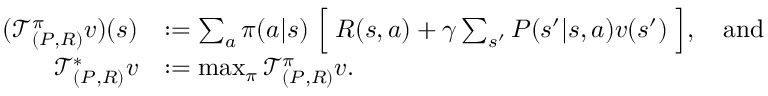
\begin{array} { r l } { ( \mathcal { T } _ { ( P , R ) } ^ { \pi } v ) ( s ) } & { : = \sum _ { a } \pi ( a | s ) \Bigm [ R ( s , a ) + \gamma \sum _ { s ^ { \prime } } P ( s ^ { \prime } | s , a ) v ( s ^ { \prime } ) \Bigm ] , \quad \mathrm { a n d } } \\ { \mathcal { T } _ { ( P , R ) } ^ { * } v } & { : = \operatorname* { m a x } _ { \pi } \mathcal { T } _ { ( P , R ) } ^ { \pi } v . } \end{array}